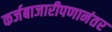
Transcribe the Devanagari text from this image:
कर्जबाजारीपणानंतर